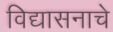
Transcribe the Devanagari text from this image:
विद्यासनाचे